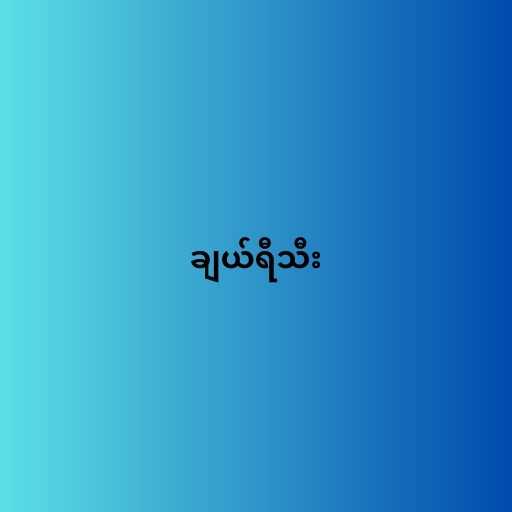
ချယ်ရီသီး